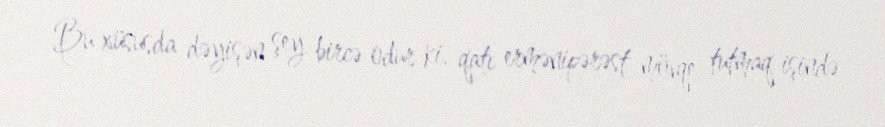
Bu xüsusda dəyişən şey bircə odur ki, qatı ermənipərəst mövqe tutmaq işində